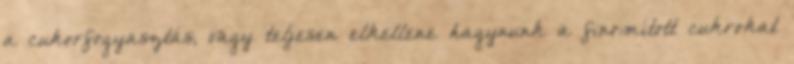
a cukorfogyasztás, vagy teljesen elkellene hagynunk a finomított cukrokat